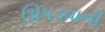
ઊપડવાની